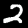
Label: 2